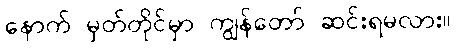
နောက် မှတ်တိုင်မှာ ကျွန်တော် ဆင်းရမလား။